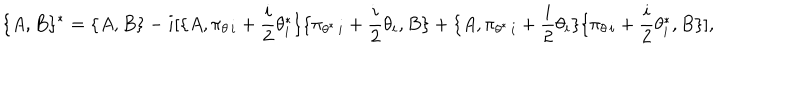
\lbrace A , B \rbrace { } ^ { * } = \lbrace A , B \rbrace - i [ \lbrace A , \pi _ { \theta \, i } + { \frac { i } { 2 } } \theta _ { i } ^ { * } \rbrace \lbrace \pi _ { \theta ^ { * } \, i } + { \frac { i } { 2 } } \theta _ { i } , B \rbrace + \lbrace A , \pi _ { \theta ^ { * } \, i } + { \frac { i } { 2 } } \theta _ { i } \rbrace \lbrace \pi _ { \theta \, i } + { \frac { i } { 2 } } \theta _ { i } ^ { * } , B \rbrace ] ,